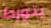
يتورط